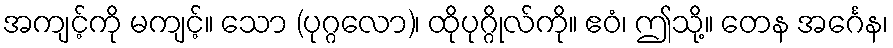
အကျင့်ကို မကျင့်။ သော (ပုဂ္ဂလော)၊ ထိုပုဂ္ဂိုလ်ကို။ ဧဝံ၊ ဤသို့။ တေန အင်္ဂေန၊